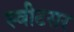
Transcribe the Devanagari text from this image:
स्वीटसर